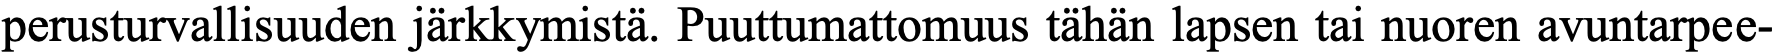
perusturvallisuuden järkkymistä. Puuttumattomuus tähän lapsen tai nuoren avuntarpee-